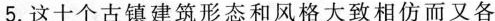
5.这十个古镇建筑形态和风格大致相仿而又各